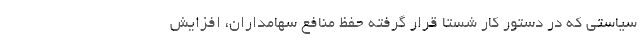
سیاستی که در دستور کار شستا قرار گرفته حفظ منافع سهامداران، افزایش